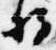
将